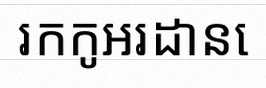
រកកូអរដោនេ